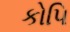
કોપિ